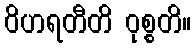
ဝိဟရတီတိ ဝုစ္စတိ။